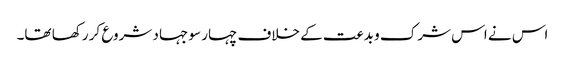
اس نے اس شرک و بدعت کے خلاف چہار سو جہاد شروع کر رکھا تھا۔